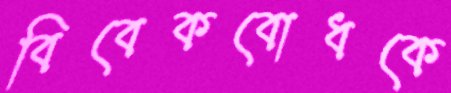
বিবেকবোধকে